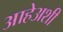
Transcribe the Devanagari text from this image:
आहेअशी